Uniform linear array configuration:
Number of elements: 24
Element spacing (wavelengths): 0.75
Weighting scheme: cosine
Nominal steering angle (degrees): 45
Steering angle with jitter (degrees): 46.03
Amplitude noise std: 0.05
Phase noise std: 0.05

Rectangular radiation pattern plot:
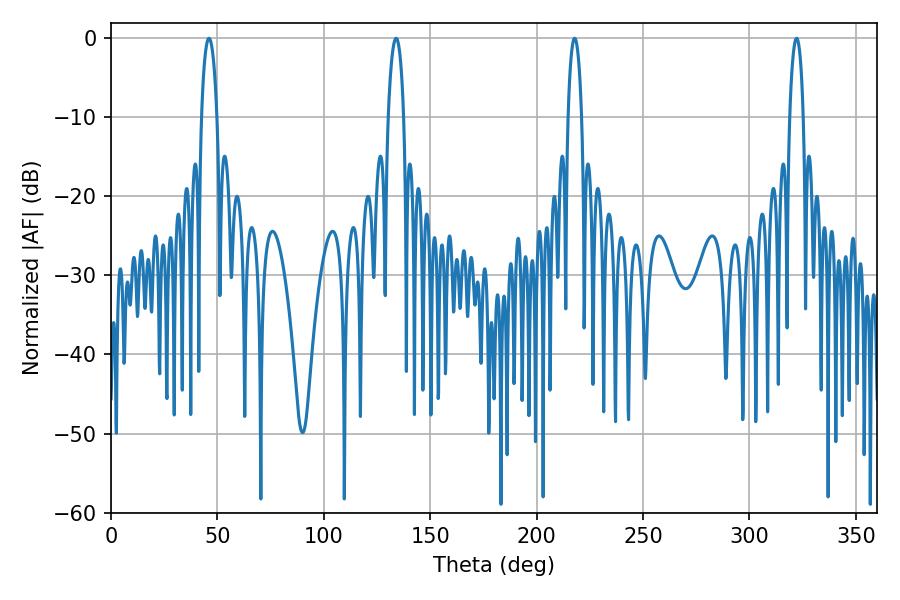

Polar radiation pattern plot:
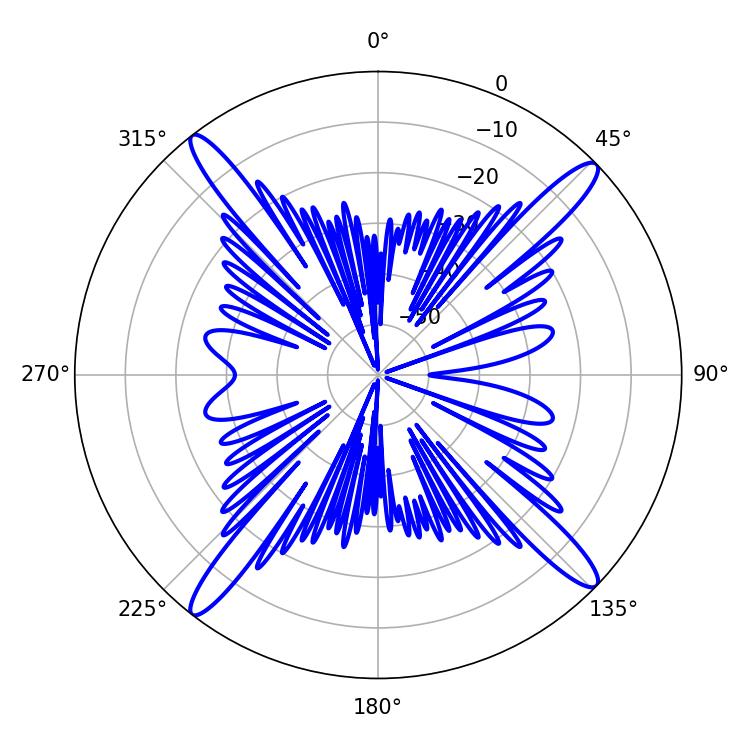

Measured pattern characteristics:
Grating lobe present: TRUE
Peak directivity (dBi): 18.437
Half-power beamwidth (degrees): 3.96
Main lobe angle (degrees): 133.92